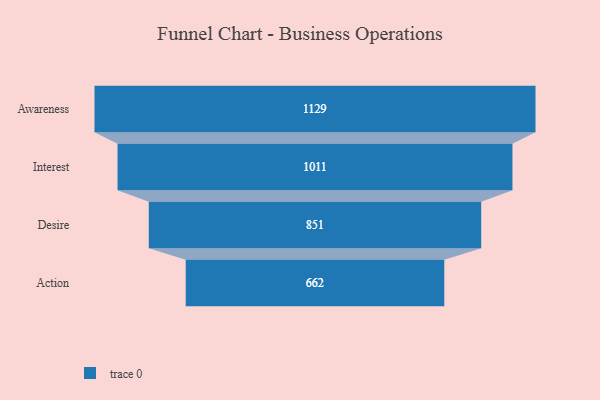
{"axis": {"x": "Stage", "y": "Value"}, "legend": [""], "data": [{"x": "Awareness", "y": 1129.0, "type": ""}, {"x": "Interest", "y": 1011.0, "type": ""}, {"x": "Desire", "y": 851.0, "type": ""}, {"x": "Action", "y": 662.0, "type": ""}]}